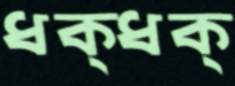
ধক্ধক্